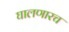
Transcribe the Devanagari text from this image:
घालणारच